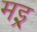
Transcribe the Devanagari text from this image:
मइ्र